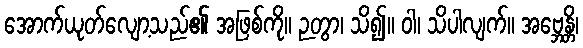
အောက်ယုတ်လျော့သည်၏ အဖြစ်ကို။ ဉတွာ၊ သိ၍။ ဝါ၊ သိပါလျက်။ အဗ္ဘေန္တိ၊